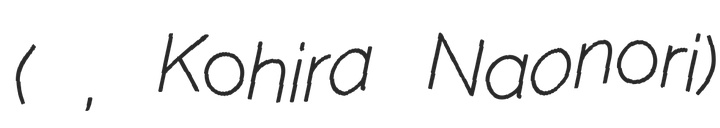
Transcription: (小平 尚典, Kohira Naonori)